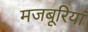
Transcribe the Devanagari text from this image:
मजबूरियां